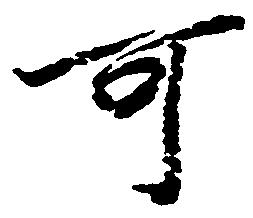
可